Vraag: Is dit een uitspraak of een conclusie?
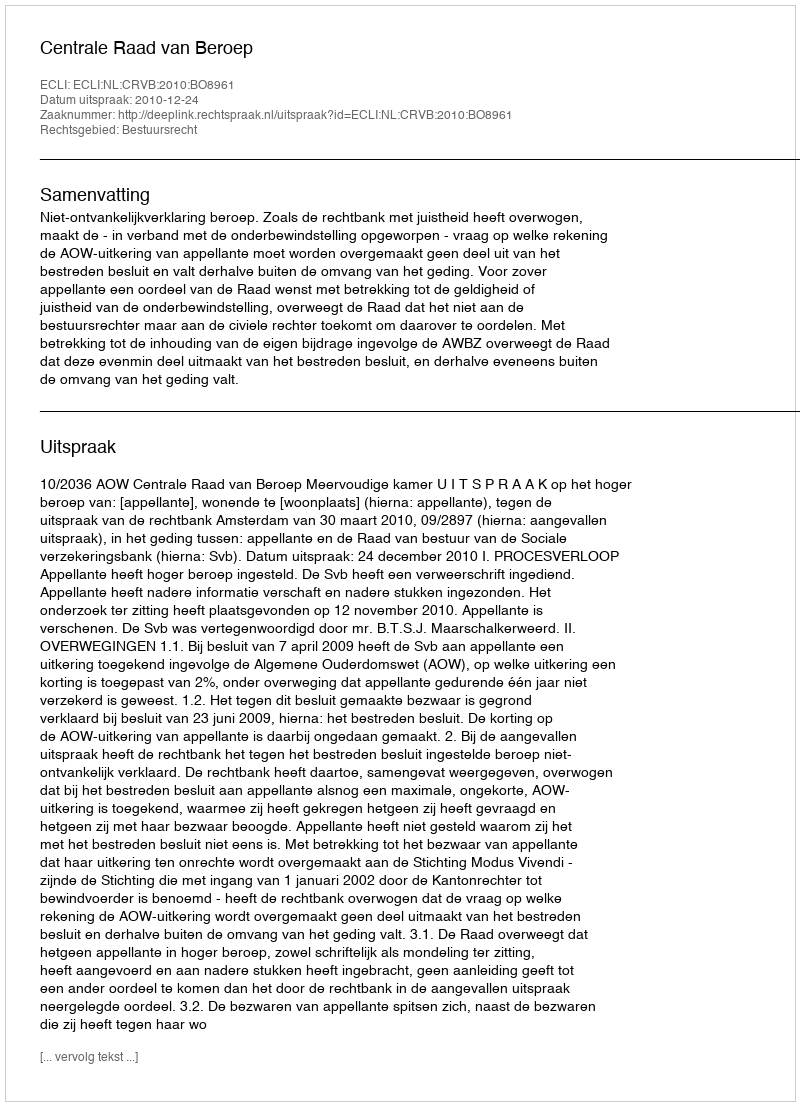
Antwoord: Uitspraak